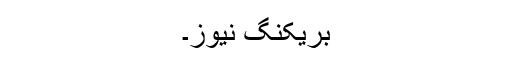
بریکنگ نیوز۔